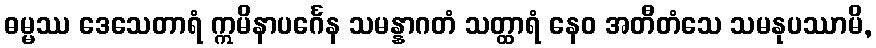
ဓမ္မဿ ဒေသေတာရံ ဣမိနာပင်္ဂေန သမန္နာဂတံ သတ္ထာရံ နေဝ အတီတံသေ သမနုပဿာမိ,